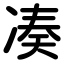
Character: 凑